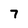
Character: 7